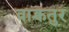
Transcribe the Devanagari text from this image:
वाक्चतुर